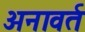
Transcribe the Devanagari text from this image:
अनावर्त